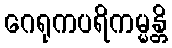
ဂေရုကပရိကမ္မန္တိ